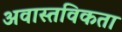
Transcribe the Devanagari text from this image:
अवास्तविकता